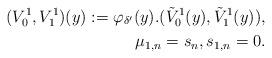
LaTeX: \begin{align*} (V_0^1, V_1^1)(y) := \varphi_{\delta'}(y). ( \tilde V_0^1(y), \tilde V_1^1(y)), \\ \mu_{1,n} = s_n, s_{1,n} =0. \end{align*}